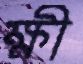
ক্ষী